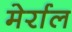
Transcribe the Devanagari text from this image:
मेर्राल